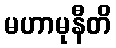
မဟာမုနီတိ